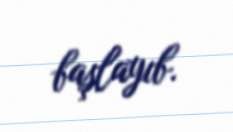
başlayıb.